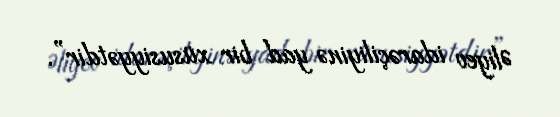
Əliyev idarəçiliyinə yad bir xüsusiyyətdir”.